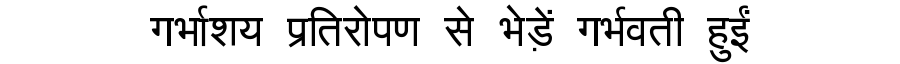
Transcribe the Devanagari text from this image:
गर्भाशय प्रतिरोपण से भेड़ें गर्भवती हुईं